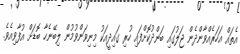
އެތައް އަހަރެއްވާންދެން ޖަލުގައި ބަންދުކޮށްފައި ހުރި ގައިދީއަކު މިނިވަންވުމުން ލިބޭނެހާ ބޮޑަށް އުފާވިއެވެ.